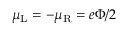
\mu _ { \mathrm { L } } = - \mu _ { \mathrm { R } } = e \Phi / 2